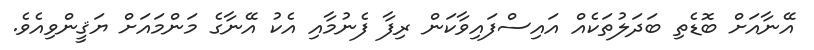
އޭނާއަށް ބޮޑެތި ބަދަލުތަކެއް އައިސްފައިވާކަން ރިފާ ފެނުމާއި އެކު އޭނާގެ މަންމައަށް ޔަޤީންވިއެވެ.